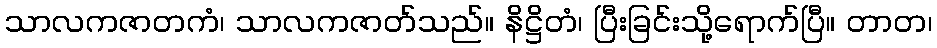
သာလကဇာတကံ၊ သာလကဇာတ်သည်။ နိဋ္ဌိတံ၊ ပြီးခြင်းသို့ရောက်ပြီ။ တာတ၊